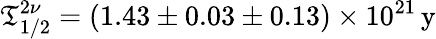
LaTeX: \mathfrak{T}_{1/2}^{2\nu}=(1.43\pm0.03\pm0.13)\times{10^{21}}\, \mathrm{{y}}